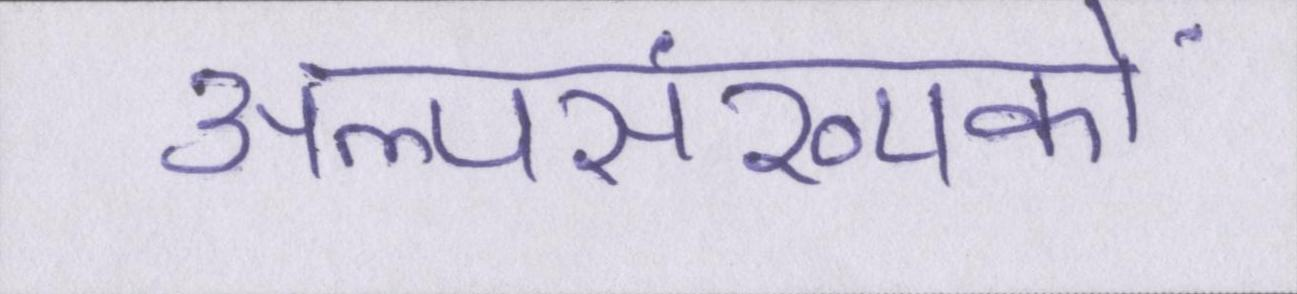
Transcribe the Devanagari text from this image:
अल्पसंख्यकों